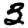
Digit: 3